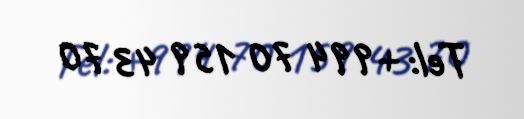
Tel: +994 70 159 43 70